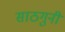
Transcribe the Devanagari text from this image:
साठगुनी